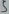
Text: 5